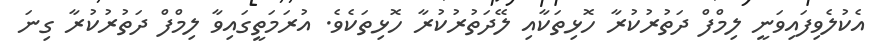
އެކުލެވިފައިވަނީ ލިމްފް ދަތުރުކުރާ ހޮޅިތަކާއި ލޭދަތުރުކުރާ ހޮޅިތަކެވެ. އުރަމަތީގައިވާ ލިމްފް ދަތުރުކުރާ ގިނަ